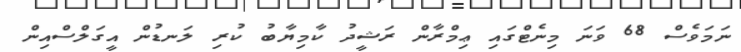
ނަމަވެސް 68 ވަނަ މިނެޓްގައި ޢިމްރާން ރަޝީދު ކާމިޔާބު ކުރި ލަނޑުން އީގަލްސްއިން